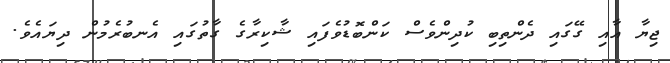
ޖިޔާ އާއި ގޭގައި ދެންތިބި ކުދިންވެސް ކަންބޮޑުވެފައި ޝާކިރާގެ ގާތުގައި އެނބުރެމުން ދިޔައެވެ.